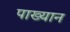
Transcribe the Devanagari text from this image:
पाख्यान